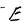
Character: E